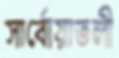
সার্বোয়াতলী